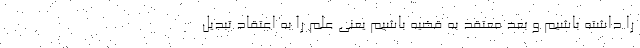
را داشته باشیم و بعد معتقد به قضیه باشیم یعنی علم را به اعتقاد تبدیل